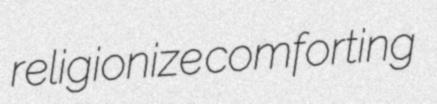
religionize comforting